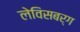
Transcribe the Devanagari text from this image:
लेविसबर्ग